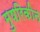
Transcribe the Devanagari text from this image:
मुषरिकीन